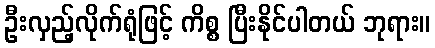
ဦးလှည့်လိုက်ရုံဖြင့် ကိစ္စ ပြီးနိုင်ပါတယ် ဘုရား။